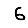
Digit: 6